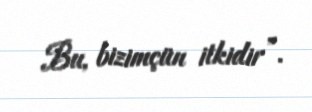
Bu, bizimçün itkidir”.